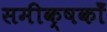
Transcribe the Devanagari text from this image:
समीक्षकोँ